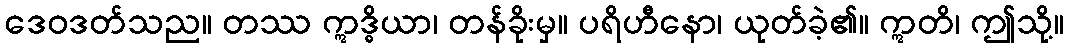
ဒေဝဒတ်သည။ တဿ ဣဒ္ဓိယာ၊ တန်ခိုးမှ။ ပရိဟီနော၊ ယုတ်ခဲ့၏။ ဣတိ၊ ဤသို့။